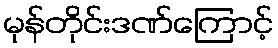
မုန်တိုင်းဒဏ်ကြောင့်